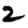
Digit: 2